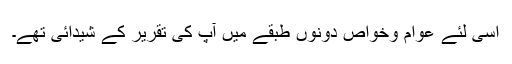
اسی لئے عوام وخواص دونوں طبقے میں آپ کی تقریر کے شیدائی تھے۔